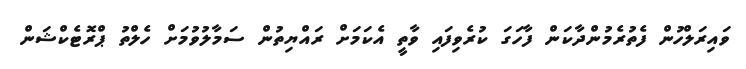
ވައިރަލްހުން ފެތުރެމުންދާކަން ފާހަގަ ކުރެވިފައި ވާތީ އެކަމަށް ރައްޔިތުން ސަމާލުވުމަށް ހެލްތު ޕްރޮޓެކްޝަން